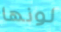
لونها